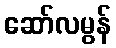
ဆော်လမွန်